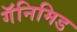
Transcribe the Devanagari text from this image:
गॅनिमिड